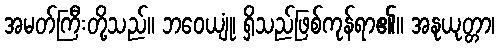
အမတ်ကြီးတို့သည်။ ဘဝေယျုံ၊ ရှိသည်ဖြစ်ကုန်ရာ၏။ အနုယုတ္တာ၊